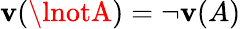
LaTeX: \mathbf{v}(\lnotA)=\lnot\mathbf{v}(A)